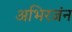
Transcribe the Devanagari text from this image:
अभिरजंन